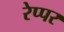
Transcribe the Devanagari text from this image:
रेप्पर